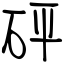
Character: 砰